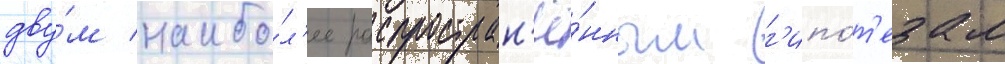
дву́м наибо́л'ее распростран'ё́нным г'ипо́т'езам